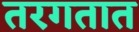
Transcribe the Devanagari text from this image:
तरगतात